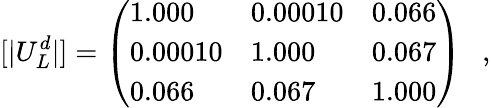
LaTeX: [|U_{L}^{d}|]=\left(\begin{array}{lll}{{1.000}}&{{0.00010}}&{{0.066}}\\ {{0.00010}}&{{1.000}}&{{0.067}}\\ {{0.066}}&{{0.067}}&{{1.000}}\end{array}\right)~~~,